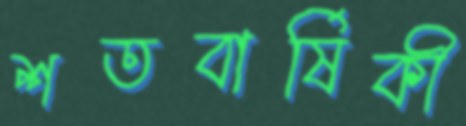
শতবার্ষিকী